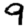
Digit: 9